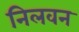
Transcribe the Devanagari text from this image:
निलवन